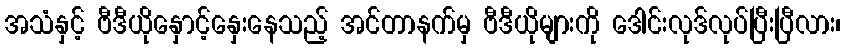
အသံနှင့် ဗီဒီယိုနှောင့်နှေးနေသည့် အင်တာနက်မှ ဗီဒီယိုများကို ဒေါင်းလုဒ်လုပ်ပြီးပြီလား၊